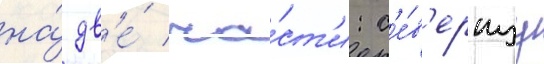
на́ дв'е́ ча́ст'и: с'е́в'ернуу